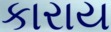
કારાય